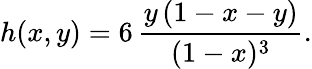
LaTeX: h(x,y)=6\, \frac{y\, (1-x-y)}{(1-x)^{3}}.